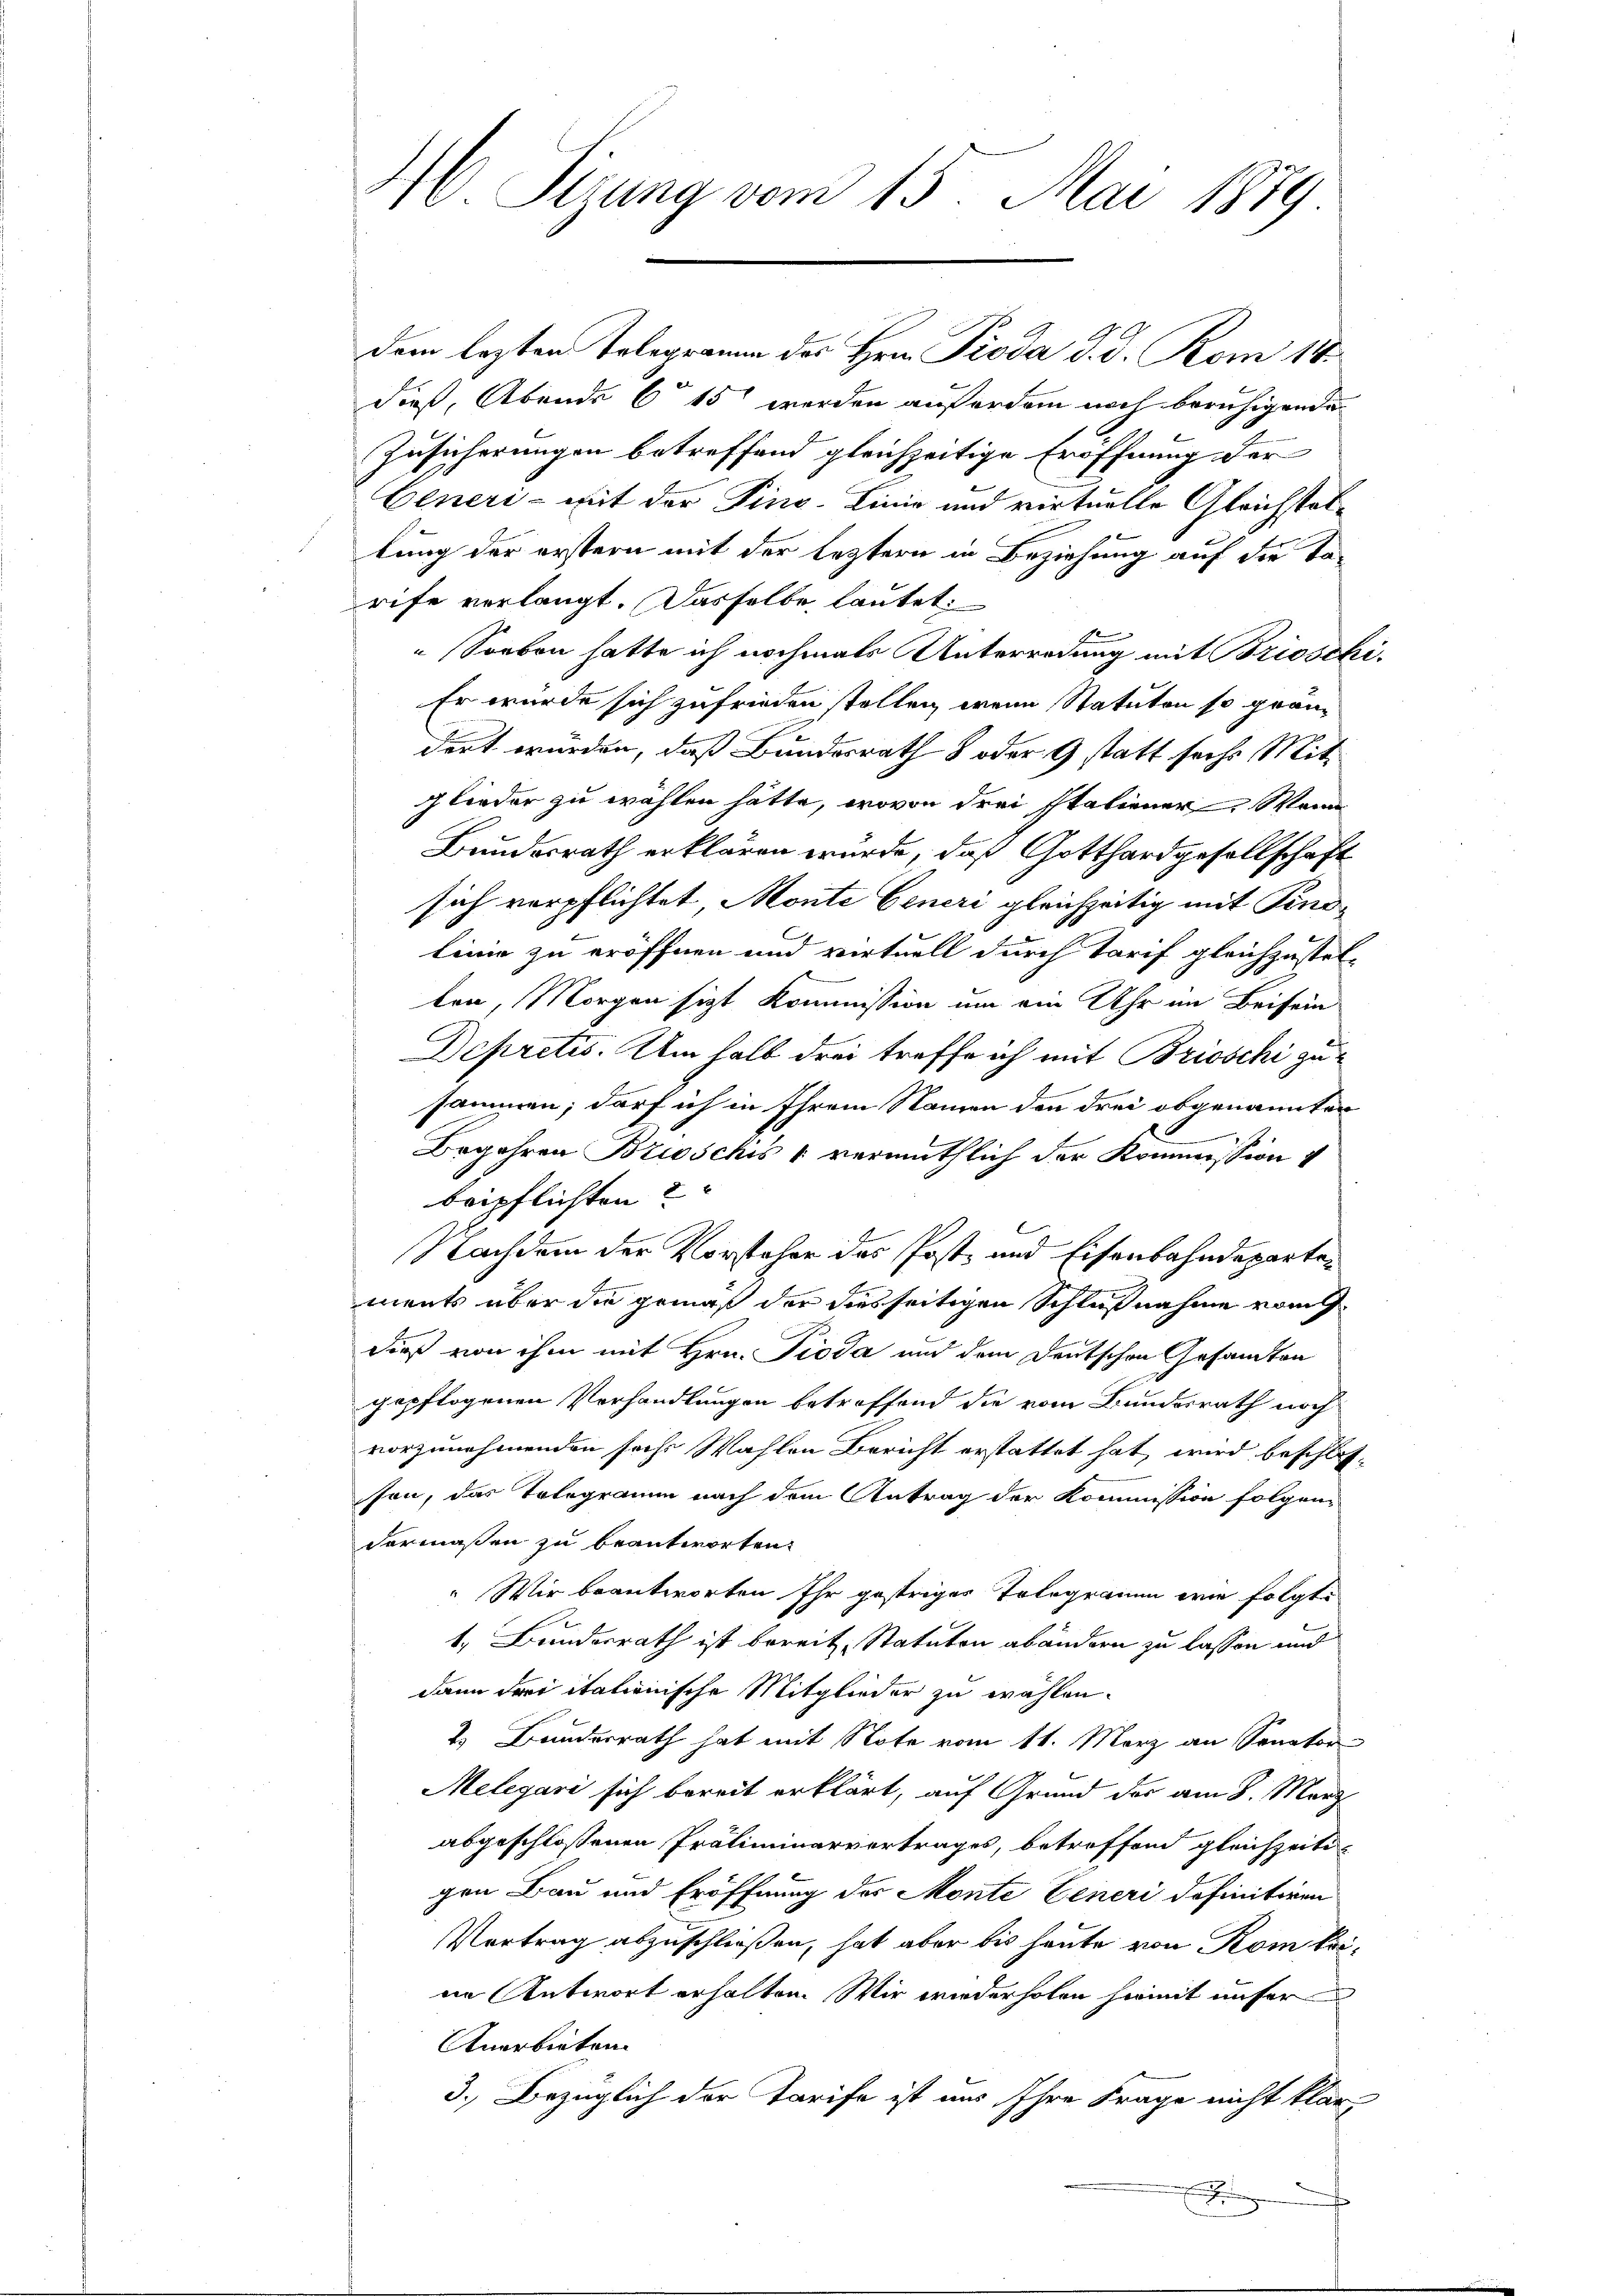
M Sizung vom 15. Mai 1889

dem lezten Telegramm des Hrn. Pioda d. d. Rom 18.
dieß, Abende C 15 werden außerden noch beruhigenden
Zusicherungen betreffend gleichzeitige Eröffnung der
Generi - mit der Pins. Linie und virtuelle Gleichstallung der erstern mit der leztern in Beziehung auf die Ta-
rife verlangt. Dasselbe, lautet:
1
Soeben hatte ich nochmals Unterredung mit Brioschi¬
Er würde sich zufrieden sollen, wenn Statuten so gränz
dert wurden, daß Bundesrath 8 oder 9 statt sechs Mitglieder zu wählen hätte, wovon drei Italiener. Wenn
Bundesrath erklären würde, daß Gotthardgesellschaft
sich verpflichtet Monte Generi gleichzeitig mit Pino¬
Linie zu eröffnen und virtuell durch Tarif gleichzustel-
ten, Morgen sicht kommission um ein Uhr im Beisein
Depretis. Um halb drei treffe ich mit Brioschi zu
sammen; darf ich in Ihrem Namen den drei obgenannten
n
Begehren Broschis & vermuthlich der Kommission
beipflichten?
Nachdem der Vorstehen des Post- und Eisenbahndepartements über die gemäß der diesseitigen Schlußnahme vom
dieß von ihm mit Hrn. Pioda und dem Deutschen Gesandten
gepflogenen Verhandlungen betroffend die vom Bundesrath noch
vorzunehmenden sache Wahlen Bericht erstattet hat, wird beschlosson, das Telegramm nach dem Antrag der Kommission folgen
dermaßen zu beantworten.
" Wir beantworten Ihr gestriges Telegramm wie folgte
1. Bundesrath ist bereit, Statuten abändern zu lassen und
dann drei italienische Mitglieder zu wählen.
2. Bundesrath hat mit Note vom 11. März an Senator
Melegari sich bereit erklärt, auf Grund der am 8. März
abgeschlossenen Präliminarvertrages, betreffend gleichzeitigen Bau und Eröffnung des Monte Generi definitiven
Vortrag abzuschließen, hat aber bis heute von Rom krine Antwort erhalten. Wir wiederholen hiemit unser
Anerbieten.
3.) Bezüglich der Tarife ist aus Ihre Frage nicht klare